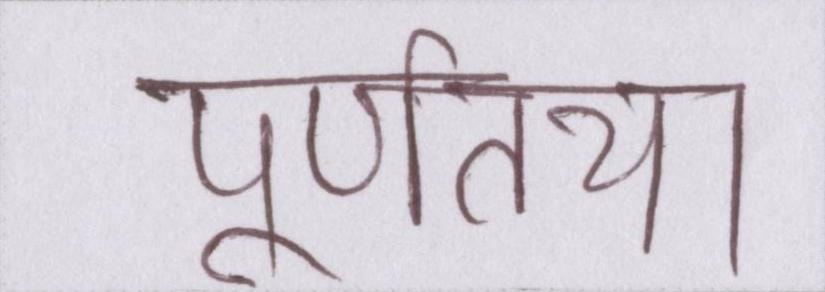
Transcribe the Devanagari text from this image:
पूर्णतया